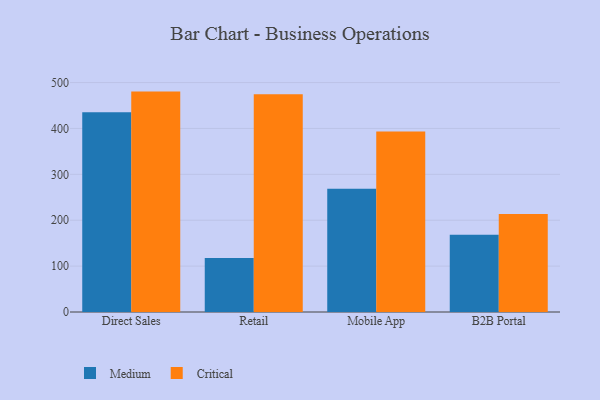
{"axis": {"x": "Channel", "y": "Waste Production (Tons)"}, "legend": ["Critical", "Medium"], "data": [{"x": "Direct Sales", "y": 435.4, "type": "Medium"}, {"x": "Direct Sales", "y": 480.3, "type": "Critical"}, {"x": "Retail", "y": 117.5, "type": "Medium"}, {"x": "Retail", "y": 474.7, "type": "Critical"}, {"x": "Mobile App", "y": 268.8, "type": "Medium"}, {"x": "Mobile App", "y": 393.4, "type": "Critical"}, {"x": "B2B Portal", "y": 168.1, "type": "Medium"}, {"x": "B2B Portal", "y": 213.6, "type": "Critical"}]}